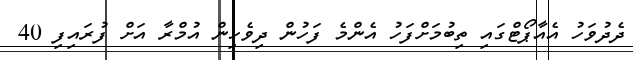
ދެދުވަހު އެއާޕޯޓްގައި ތިބުމަށްފަހު އެންމެ ފަހުން ދިވެހިން އުމްރާ އަށް ފުރައިފި 40